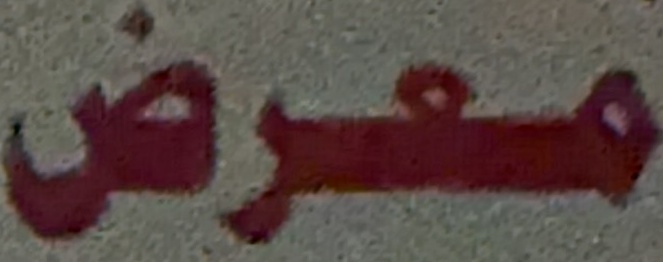
معرص